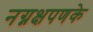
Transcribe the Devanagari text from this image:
नग्नक्षपणके